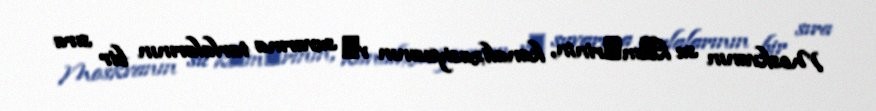
Moskvanın su kәmәrinin, kanalizasiyasının vә suvarma tarlalarının bir sıra